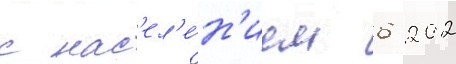
с нас'ел'е́н'ием 6 202